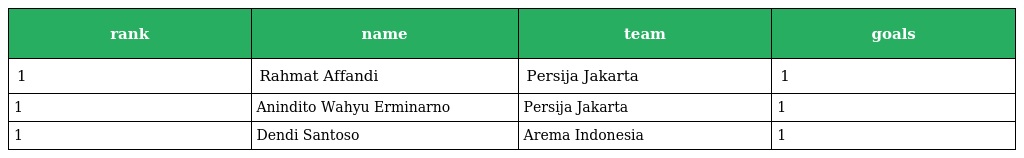
| rank | name | team | goals |
 | --- | --- | --- | --- |
 | 1 | Rahmat Affandi | Persija Jakarta | 1 |
 | 1 | Anindito Wahyu Erminarno | Persija Jakarta | 1 |
 | 1 | Dendi Santoso | Arema Indonesia | 1 |